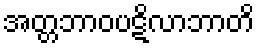
အတ္တဘာဝပဋိလာဘာတိ